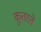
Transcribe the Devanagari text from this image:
कुतरते